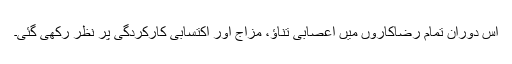
اس دوران تمام رضاکاروں میں اعصابی تناؤ، مزاج اور اکتسابی کارکردگی پر نظر رکھی گئی۔